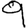
Digit: 9